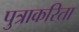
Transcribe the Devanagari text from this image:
पुत्राकरिता